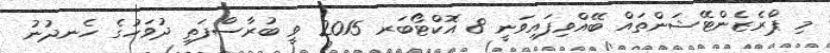
މި ޕްރެޒެންޓޭޝަންތައް ބޭއްވިފައިވަނީ 8 އޮކްޓޯބަރ 2015 ވީ ބުރާސްފަތި ދުވަހުގެ ހެނދުނު